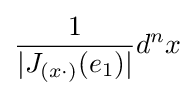
{\frac {1}{|J_{(x\cdot )}(e_{1})|}}d^{n}x